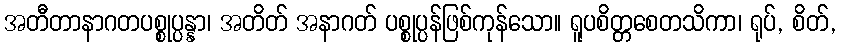
အတီတာနာဂတပစ္စုပ္ပန္နာ၊ အတိတ် အနာဂတ် ပစ္စုပ္ပန်ဖြစ်ကုန်သော။ ရူပစိတ္တစေတသိကာ၊ ရုပ်, စိတ်,